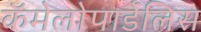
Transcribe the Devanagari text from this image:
कॅमेलोपार्डेलिस